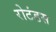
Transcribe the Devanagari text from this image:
रोटंडस